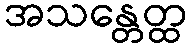
အသန္တေတ္ထ